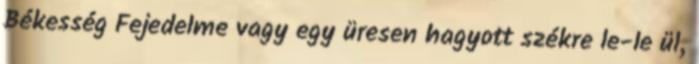
Békesség Fejedelme vagy egy üresen hagyott székre le-le ül,